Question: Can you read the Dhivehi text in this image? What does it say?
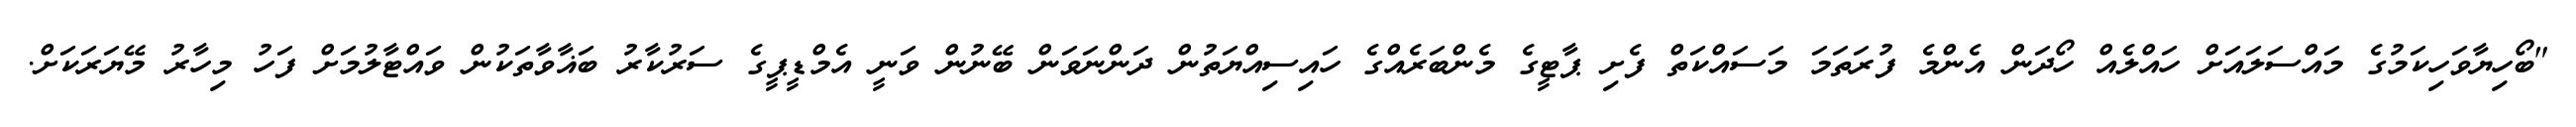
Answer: "ބޯހިޔާވަހިކަމުގެ މައްސަލައަށް ހައްލެއް ހޯދަން އެންމެ ފުރަތަމަ މަސައްކަތް ފެށި ޕާޓީގެ މެންބަރެއްގެ ހައިސިއްޔަތުން ދަންނަވަން ބޭނުން ވަނީ އެމްޑީޕީގެ ސަރުކާރު ބަޣާވާތަކުން ވައްޓާލުމަށް ފަހު މިހާރު މޭޔަރަކަށް.